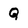
Character: Q